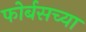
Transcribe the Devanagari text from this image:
फोर्बसच्या